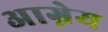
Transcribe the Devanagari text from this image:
अाग्नेय